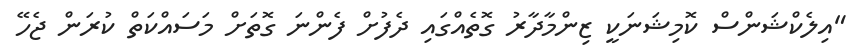
"އިލެކްޝަންްސް ކޮމިޝަނަކީ ޒިންމާދާރު ގޮތެއްގައި ދެފުށް ފެންނަ ގޮތަށް މަސައްކަތް ކުރަން ޖެހޭ